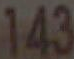
143